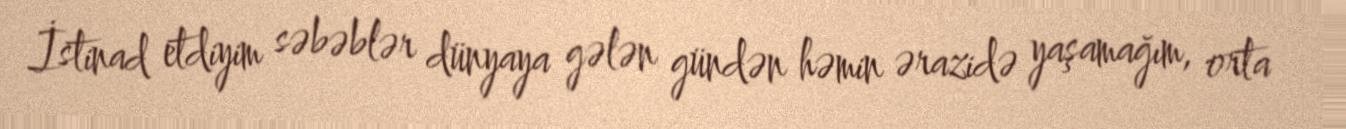
İstinad etdiyim səbəblər dünyaya gələn gündən həmin ərazidə yaşamağım, orta